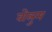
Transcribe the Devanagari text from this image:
वोलुम